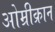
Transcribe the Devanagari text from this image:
ओम्रीक्रान